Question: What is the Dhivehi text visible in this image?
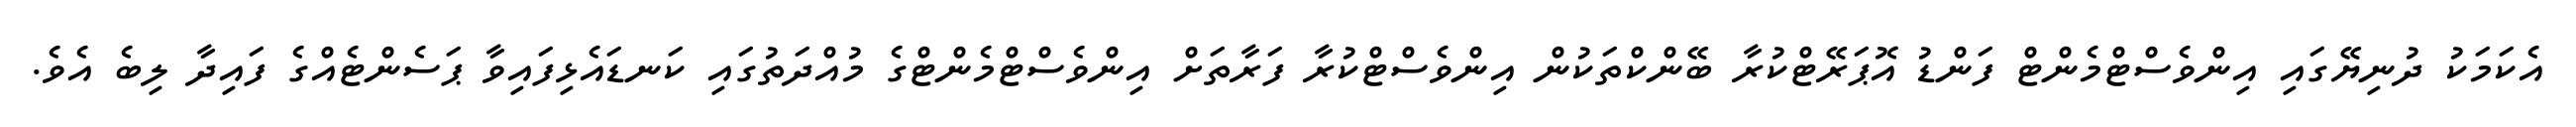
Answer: އެކަމަކު ދުނިޔޭގައި އިންވެސްޓްމެންޓް ފަންޑު އޮޕަރޭޓްކުރާ ބޭންކްތަކުން އިންވެސްޓްކުރާ ފަރާތަށް އިންވެސްޓްމެންޓްގެ މުއްދަތުގައި ކަނޑައެޅިފައިވާ ޕަސެންޓެއްގެ ފައިދާ ލިބެ އެވެ.